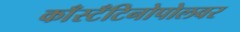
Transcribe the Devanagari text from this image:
काँस्टँटिनोपोलवर